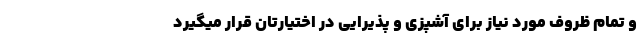
و تمام ظروف مورد نیاز برای آشپزی و پذیرایی در اختیارتان قرار میگیرد